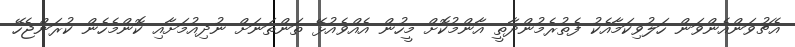
އެޗުވަންއެންވަން ހަލުވިކަމާއެކު ފެތުރެމުންދާތީ އާންމުކޮށް މީހުން އެއްވެއުޅޭ ތަންތަނަށް ނުދިއުމަށާއި ކޮންމެހެން ކުރަންޖެހޭ